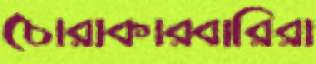
চোরাকারবারিরা